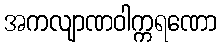
အကလျာဏဝါက္ကရဏော